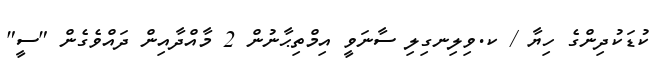
ކުޑަކުދިންގެ ހިޔާ / ކ.ވިލިނގިލި ސާނަވީ އިމްތިޙާނުން 2 މާއްދާއިން ދައްވެގެން "ސީ"